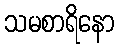
သမစာရိနော